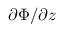
\partial \Phi / \partial { z }